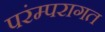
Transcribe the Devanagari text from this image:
परंम्परागत